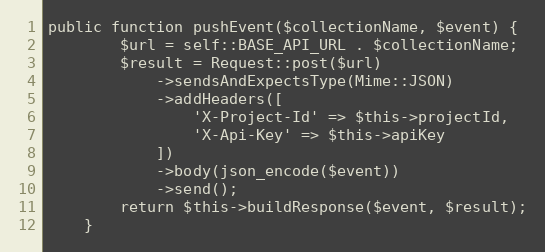
Language: PHP
public function pushEvent($collectionName, $event) {
        $url = self::BASE_API_URL . $collectionName;
        $result = Request::post($url)
            ->sendsAndExpectsType(Mime::JSON)
            ->addHeaders([
                'X-Project-Id' => $this->projectId,
                'X-Api-Key' => $this->apiKey
            ])
            ->body(json_encode($event))
            ->send();
        return $this->buildResponse($event, $result);
    }